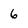
Character: 6